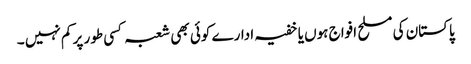
پاکستان کی مسلح افواج ہوں یا خفیہ ادارے کوئی بھی شعبہ کسی طور پر کم نہیں ۔